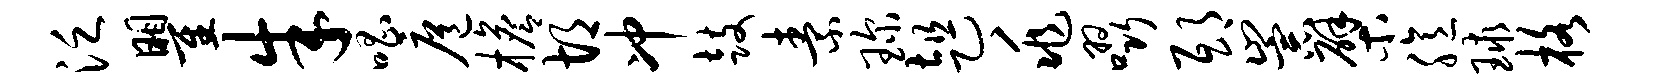
泛瞿朱唱扈檐胡冲鼓素琛趄兆啜邸崇檗臆球格